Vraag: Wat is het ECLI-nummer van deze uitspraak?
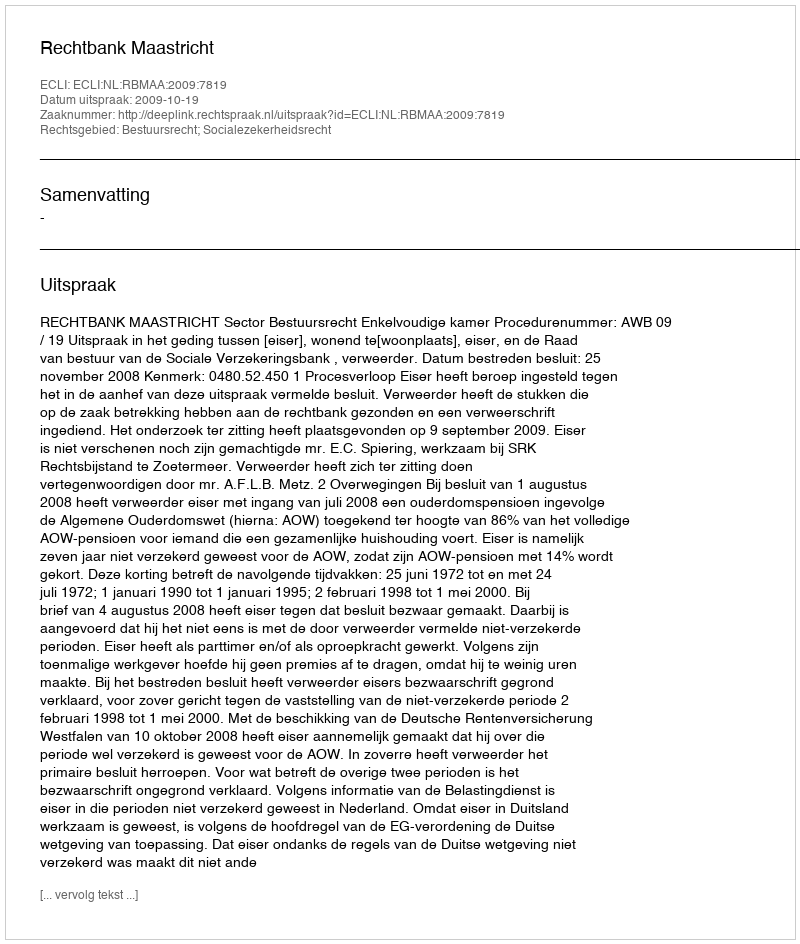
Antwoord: ECLI:NL:RBMAA:2009:7819